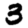
Digit: 3